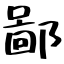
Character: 鄙